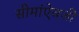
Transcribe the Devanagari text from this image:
सीमांऐवजी